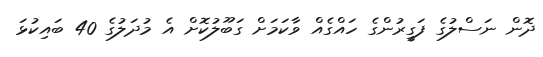
ދޮން ނަސްލުގެ ފަގީރުންގެ ހައްގެއް ވާކަމަށް ގަބޫލުކޮށް އެ މުދަލުގެ 40 ބައިކުޅަ